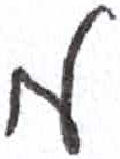
אות: מ